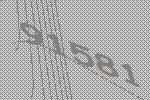
91581